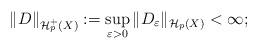
LaTeX: \begin{align*} \|D\|_{\mathcal{H}^{+}_{p}(X)} := \sup_{\varepsilon > 0}{\|D_{\varepsilon}\|_{\mathcal{H}_{p}(X)}} < \infty; \end{align*}